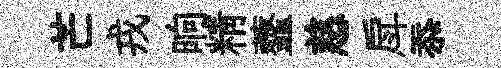
芒戎晌精虀慈戽忝